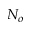
N _ { o }